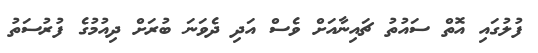
ފުލުގައި އޮތް ސައުތު ޗައިނާއަށް ވެސް އަދި ދެވަނަ ބުރަށް ދިއުމުގެ ފުރުސަތު